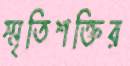
স্মৃতিশক্তির